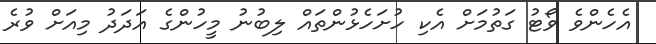
އެހެންވެ ވޯޓު ގަތުމަށް އެކި ހުށަހެޅުންތައް ލިބުނު މީހުންގެ އަދަދު މިއަށް ވުރެ